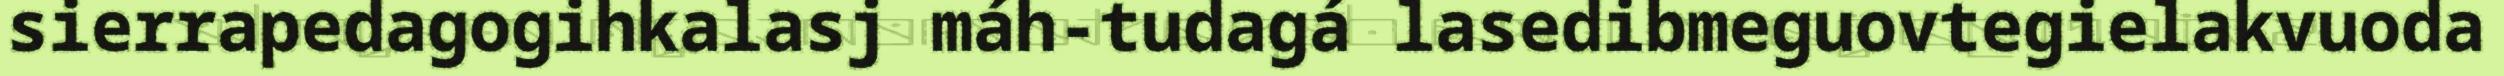
sierrapedagogihkalasj máh-tudagá lasedibmeguovtegielakvuoda